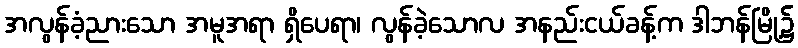
အလွန်ခံ့ညားသော အမူအရာ ရှိပေရာ၊ လွန်ခဲ့သောလ အနည်းငယ်ခန့်က ဒါဘန်မြို့၌